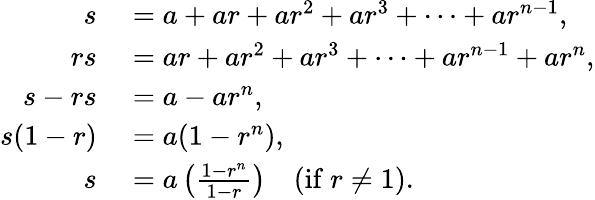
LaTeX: \begin{array}{rl}{s}&{{}=a+ar+ar^{2}+ar^{3}+\cdots+ar^{n-1},}\\ {rs}&{{}=ar+ar^{2}+ar^{3}+\cdots+ar^{n-1}+ar^{n},}\\ {s-rs}&{{}=a-ar^{n},}\\ {s(1-r)}&{{}=a(1-r^{n}),}\\ {s}&{{}=a\left({\frac{1-r^{n}}{1-r}}\right)\quad{\mathrm{(if~}}r\neq 1{\mathrm{)}}.}\end{array}